Indian journal of veterinary science and animal husbandry - Volume 2,
Year: 1932
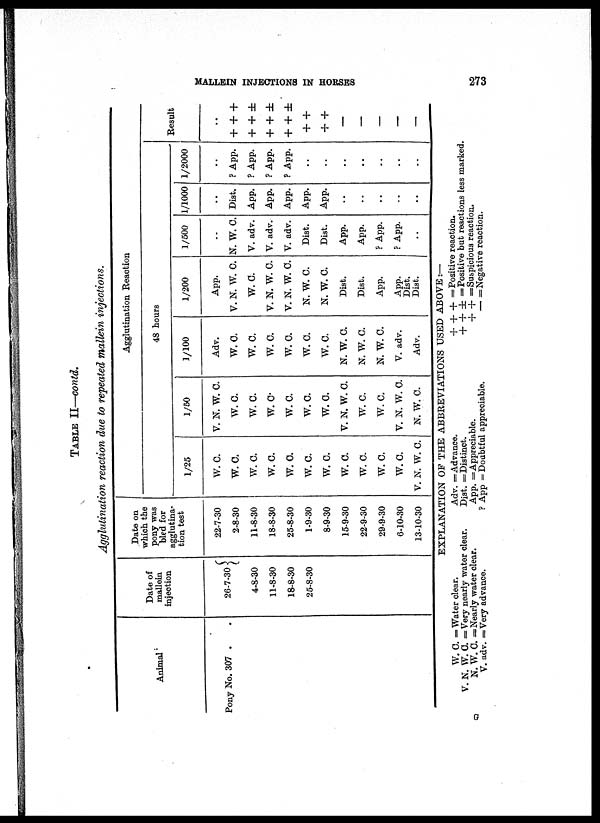
MALLEIN INJECTIONS IN HORSES
273
TABLE II—contd.
Agglutination reaction due to repeated mallein injections.
Animal
Pony No. 307 .
Date of
mallein
injection
26-7-30 {
4-8-30
11-8-30
18-8-30
25-8-30
Date on
which the
pony was
bled for
agglutina-
tion test
22-7-30
2-8-30
11-8-30
18-8-30
25-8-30
1-9-30
8-9-30
15-9-30
22-9-30
29-9-30
6-10-30
13-10-30
1/25
W.C.
W. C.
W.C.
W.C.
W.C.
W.C.
W.C.
W.C.
W.C.
W.C.
W.C.
V. N. W. C.
1/50
V. N. W. C.
W.C.
W.C.
W.C.
W.C.
W.C.
W.C.
V. N. W. C.
W.C.
W.C.
V. N. W. C.
N. W. C.
Agglutination Reaction
48 hours
1/100
Adv.
W.C.
W.C.
W.C.
W. C.
W.C.
W.C.
N. W. C.
N. W. C.
N. W. C.
V. adv.
Adv.
1/200
App.
V. N. W. C.
W.C.
V. N. W. C.
V. N. W. C.
N. W. C.
N. W. C.
Dist.
Dist.
App.
App.
Dist.
Dist.
1/500
..
N. W. C.
V. adv.
V. adv.
V. adv.
Dist.
Dist.
App.
App.
?App.
?App.
..
1/1000
..
Dist.
App.
App.
App.
App.
App.
..
..
..
..
..
1/2000
..
?App.
? App.
?App.
? App.
..
..
..
..
..
..
..
Result
..
+ + +
+ + ±
+ + ±
+ + ±
+ + ±
+ +
—
—
—
—
—
W.C.
V. N. W. C.
N. W. C.
V. adv.
EXPLANATION OF THE ABBREVIATIONS USED ABOVE:—
= Water clear.
= Very nearly water clear.
= Nearly water clear.
=Very advance.
Adv. = Advance.
Dist. = Distinct.
App. = Appreciable.
? App = Doubtful appreciable.
+ + + = Positive reaction.
+ + ± = Positive but reactions less marked.
+ + = Suspicious reaction.
— = Negative reaction.
G